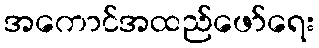
အကောင်အထည်ဖော်ရေး